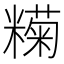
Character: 𬖶